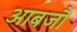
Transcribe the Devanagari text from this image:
आबजौ